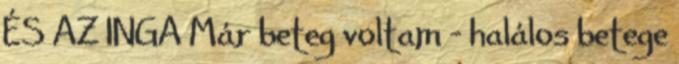
ÉS AZ INGA Már beteg voltam - halálos betege